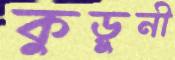
কুড়ুনী